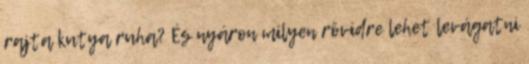
rajta kutya ruha? És nyáron milyen rövidre lehet levágatni